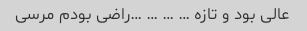
عالی بود و تازه … … … …راضی بودم مرسی